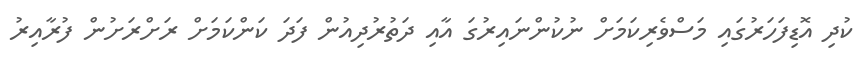
ކުދި އޮޑިފަހަރުގައި މަސްވެރިކަމަށް ނުކުންނައިރުގަ އާއި ދަތުރުދިއުން ފަދަ ކަންކަމަށް ރަށްރަށުން ފުރާއިރު